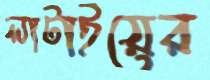
লাটাইয়ের